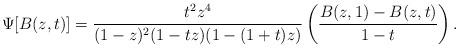
LaTeX: \begin{align*}\Psi[B(z,t)] = \frac{t^2z^4}{(1-z)^2(1-tz)(1-(1+t)z)}\left(\frac{B(z,1)-B(z,t)}{1-t}\right).\end{align*}